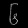
Digit: ၆